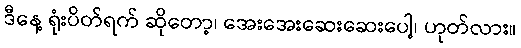
ဒီနေ့ ရုံးပိတ်ရက် ဆိုတော့၊ အေးအေးဆေးဆေးပေါ့၊ ဟုတ်လား။